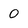
Character: O